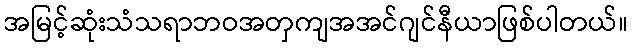
အမြင့်ဆုံးသံသရာဘဝအတှကျအအင်ဂျင်နီယာဖြစ်ပါတယ်။